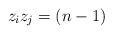
LaTeX: \begin{align*}z_i z_j = (n-1)\end{align*}